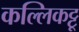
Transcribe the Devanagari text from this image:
कल्लिकट्टू